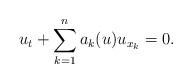
LaTeX: \begin{align*}u_t + \sum_{k=1}^n a_k(u) u_{x_k} = 0.\end{align*}